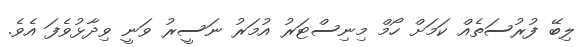
ލިބޭ ފުރުސަތެއް ކަމަށް ހޯމް މިނިސްޓަރު އުމަރު ނަސީރު ވަނީ ވިދާޅުވެފަ އެވެ.